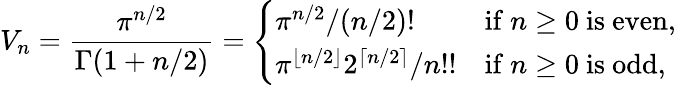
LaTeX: V_{n}={\frac{\pi^{n/2}}{\Gamma(1+n/2)}}={\left\{ \begin{array}{ll}{{\pi^{n/2}}/{(n/2)!}}&{\mathrm{if~}n\geq 0\mathrm{~is~even,}\ }\\ {{\pi^{\lfloor n/2\rfloor}2^{\lceil n/2\rceil}}/{n!!}}&{\mathrm{if~}n\geq 0\mathrm{~is~odd,}}\end{array}\right.}